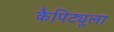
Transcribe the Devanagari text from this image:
कैपिट्यूला